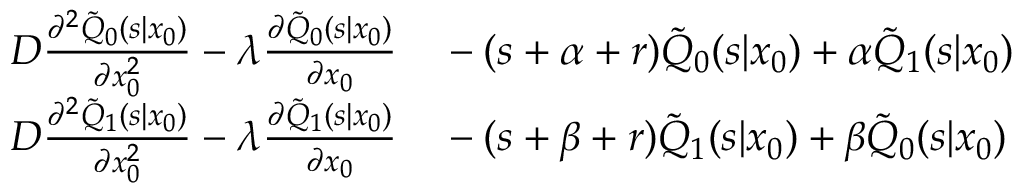
\begin{array} { r l } { D \frac { \partial ^ { 2 } \tilde { Q } _ { 0 } ( s | x _ { 0 } ) } { \partial x _ { 0 } ^ { 2 } } - \lambda \frac { \partial \tilde { Q } _ { 0 } ( s | x _ { 0 } ) } { \partial x _ { 0 } } } & { { } - ( s + \alpha + r ) \tilde { Q } _ { 0 } ( s | x _ { 0 } ) + \alpha \tilde { Q } _ { 1 } ( s | x _ { 0 } ) } \\ { D \frac { \partial ^ { 2 } \tilde { Q } _ { 1 } ( s | x _ { 0 } ) } { \partial x _ { 0 } ^ { 2 } } - \lambda \frac { \partial \tilde { Q } _ { 1 } ( s | x _ { 0 } ) } { \partial x _ { 0 } } } & { { } - ( s + \beta + r ) \tilde { Q } _ { 1 } ( s | x _ { 0 } ) + \beta \tilde { Q } _ { 0 } ( s | x _ { 0 } ) } \end{array}